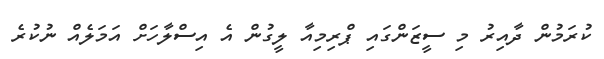
ކުރަމުން ދާއިރު މި ސީޒަންގައި ޕްރިމިއާ ލީގުން އެ އިސްލާހަށް އަމަލެއް ނުކުރެ